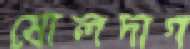
ষোলদাগ